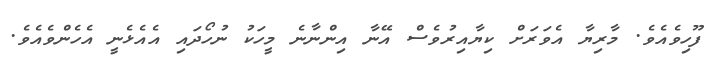
ފޫހިވެއެވެ. މާރިޔާ އެވަރަށް ކިޔާއިރުވެސް އޭނާ އިންނާނެ މީހަކު ނުހޯދައި އެއެޅެނީ އެހެންވެއެވެ.